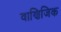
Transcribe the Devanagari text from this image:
वाणिजिक